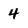
Character: 4